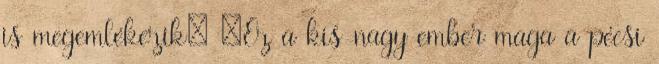
is megemlékezik: „Ez a kis-nagy ember maga a pécsi